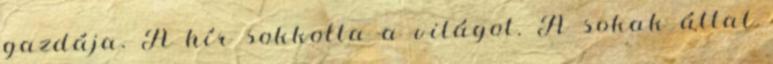
gazdája. A hír sokkolta a világot. A sokak által